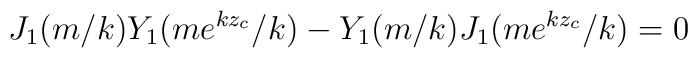
J_1(m/k)Y_1(me^{kz_c}/k)-Y_1(m/k)J_1(me^{kz_c}/k)=0